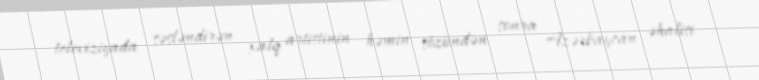
televiziyada səsləndirən xalq artistinin həmin sözündən sonra Azərbaycan əhalisi